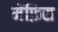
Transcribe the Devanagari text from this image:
मेंफ़िस